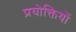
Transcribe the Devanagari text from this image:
प्रयोक्तियों